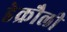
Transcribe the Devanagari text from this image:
डेक्रौली